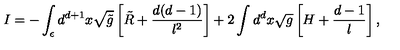
I = - \int _ { \epsilon } d ^ { d + 1 } x \sqrt { \tilde { g } } \left[ \tilde { R } + \frac { d ( d - 1 ) } { l ^ { 2 } } \right] + 2 \int d ^ { d } x \sqrt { g } \left[ H + \frac { d - 1 } l \right] ,